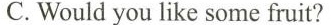
C.Would you like some fruit?